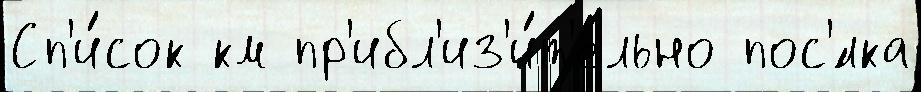
Сп'и́сок км пр'ибл'из'и́т'ельно пос'́лка